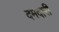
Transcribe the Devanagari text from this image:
दमदारी